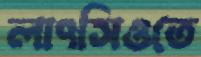
লাৎসিওতে